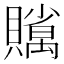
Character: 𧸣